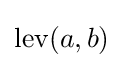
\operatorname {lev} (a,b)